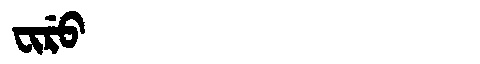
Manchu: ᠸᡳᡵᡠ
Romanization: FIRU